Annual report of the Bengal Veterinary College and of the Civil Veterinary Department, Bengal, for the year 1912-1913 - 1912-1913
Year: 1912
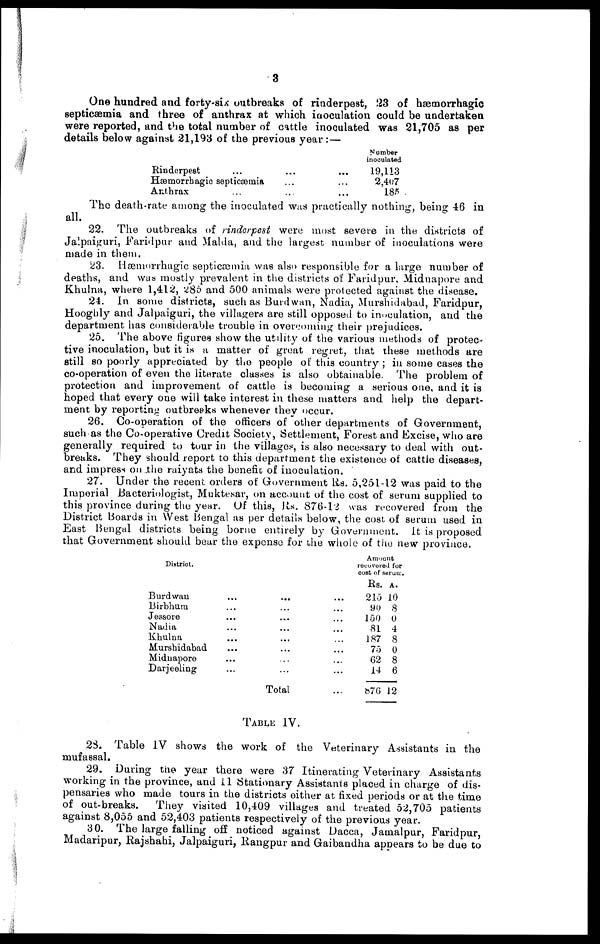
3
One hundred and forty-six outbreaks of rinderpest, 23 of hæmorrhagic
septicæmia and three of anthrax at which inculation could be undertaken
were reported, and the total number of cattle inoculated was 21,705 as per
details below against 21,193 of the previous year:—
Rinderpest
...
Hæmorrhagic septicæmia
Anthrax
...
...
...
...
...
...
...
Number
inoculated
19,113
2,407
185
The death-rate among the inoculated was practically nothing, being 46 in
all.
22. The outbreaks of rinderpest were most severe in the districts of
Jalpaiguri, Faridpur and Malda, and the largest number of inoculations were
made in them.
23. Hæmorrhagic septicæmia was also responsible for a large number of
deaths, and was mostly prevalent in the districts of Faridpur, Midnapore and
Khulna, where 1,412, 285 and 500 animals were protected against the disease.
24. In some districts, such as Burdwan, Nadia, Murshidabad, Faridpur,
Hooghly and Jalpaiguri, the villagers are still opposed to inoculation, and the
department has considerable trouble in overcoming their prejudices.
25. The above figures show the utility of the various methods of protec-
tive inoculation, but it is a matter of great regret, that these methods are
still so poorly appreciated by the people of this country ; in some cases the
co-operation of even the literate classes is also obtainable. The problem of
protection and improvement of cattle is becoming a serious one, and it is
hoped that every one will take interest in these matters and help the depart-
ment by reporting outbreaks whenever they occur.
26. Co-operation of the officers of other departments of Government,
such as the Co-operative Credit Society, Settlement, Forest and Excise, who are
generally required to tour in the villages, is also necessary to deal with out-
breaks. They should report to this department the existence of cattle diseases,
and impress on the raiyats the benefit of inoculation.
27. Under the recent orders of Government Lis. 5,251-12 was paid to the
Imperial Bacteriologist, Muktesar, on account of the cost of serum supplied to
this province during the year. Of this, Rs. 876-12 was recovered from the
District Boards in West Bengal as per details below, the cost of serum used in
East Bengal districts being borne entirely by Government. It is proposed
that Government should bear the expense for the whole of the new province.
District.
Burdwan
Birbhum
Jessore
Nadia
Khulna
Murshidabad
Midnapore
Darjeeling
...
...
...
...
...
...
...
...
...
...
...
...
...
...
...
...
Total
...
...
...
...
...
...
...
...
...
Amount
recovered for
cost of serum.
Rs.
215
90
150
81
187
75
62
14
876
A.
10
8
0
4
8
0
8
6
12
TABLE IV.
23. Table IV shows the work of the Veterinary Assistants in the
mufassal.
29. During the year there were 37 Itinerating Veterinary Assistants
working in the province, and 11 Stationary Assistants placed in charge of dis-
pensaries who made tours in the districts either at fixed periods or at the time
of out-breaks.
They visited 10,409 villages and treated 52,705 patients
against 8,055 and 52,403 patients respectively of the previous year.
30. The large falling off noticed against Dacca, Jamalpur, Faridpur,
Madaripur, Rajshahi, Jalpaiguri, Rangpur and Gaibandha appears to be due to